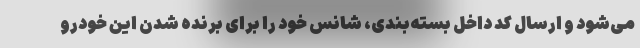
می‌شود و ارسال کد داخل بسته‌بندی، شانس خود را برای برنده شدن این خودرو